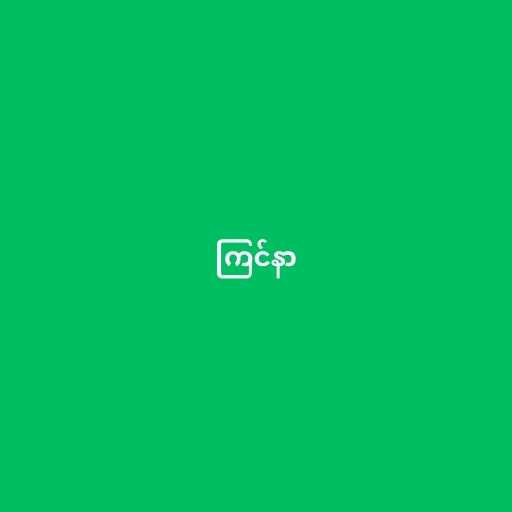
ကြင်နာ